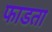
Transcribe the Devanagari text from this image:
फाडता